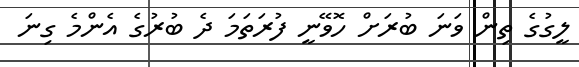
ލީގުގެ ތިން ވަނަ ބުރަށް ހޮވޭނީ ފުރަތަމަ ދެ ބުރުގެ އެންމެ ގިނަ